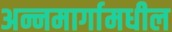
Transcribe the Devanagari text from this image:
अन्नमार्गामधील